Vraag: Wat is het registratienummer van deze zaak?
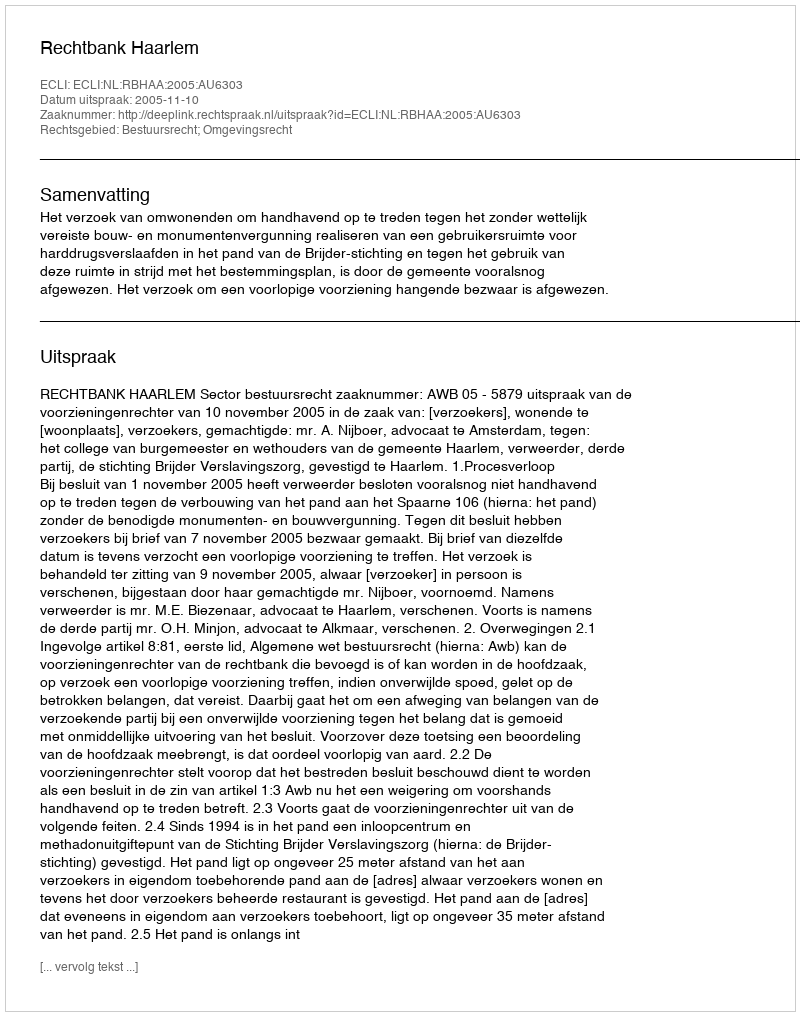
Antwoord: http://deeplink.rechtspraak.nl/uitspraak?id=ECLI:NL:RBHAA:2005:AU6303